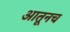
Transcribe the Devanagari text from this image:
आतूनच